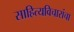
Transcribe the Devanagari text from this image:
साहित्यविचारांचा